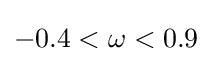
-0.4<\omega <0.9